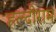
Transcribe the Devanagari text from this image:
हल्दीराम